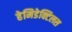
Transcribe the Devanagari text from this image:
हेमिडेक्टिलस